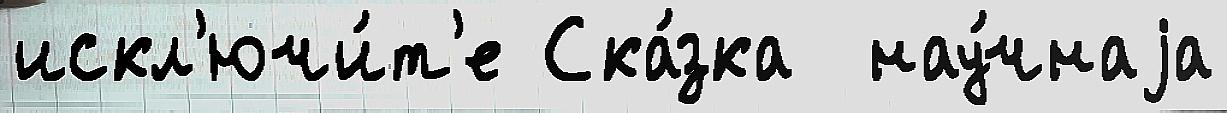
искл'ючи́т'е Ска́зка  нау́чнаjа